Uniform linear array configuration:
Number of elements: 8
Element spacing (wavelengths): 0.25
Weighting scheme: exponential
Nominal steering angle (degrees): -30
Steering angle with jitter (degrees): -29.178
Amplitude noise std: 0.05
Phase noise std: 0.05

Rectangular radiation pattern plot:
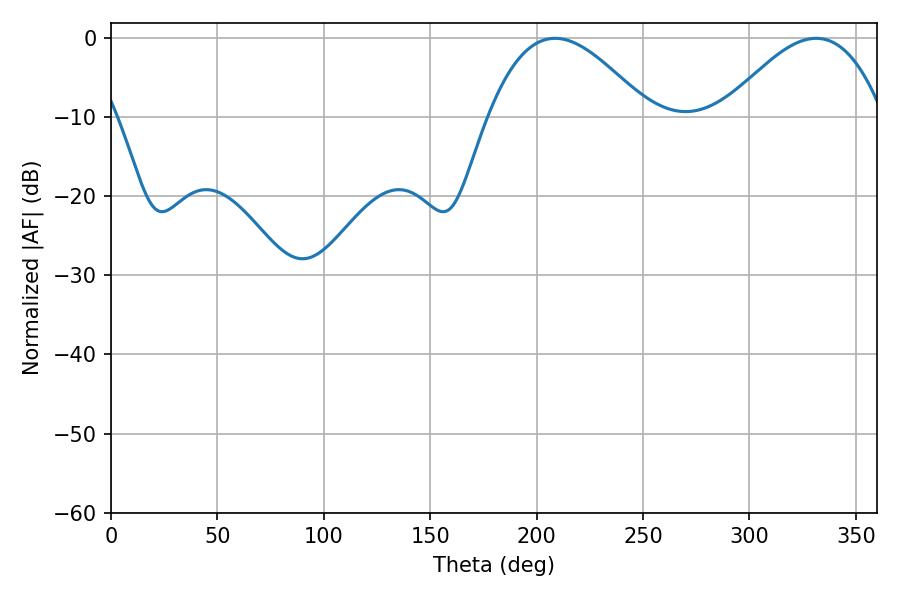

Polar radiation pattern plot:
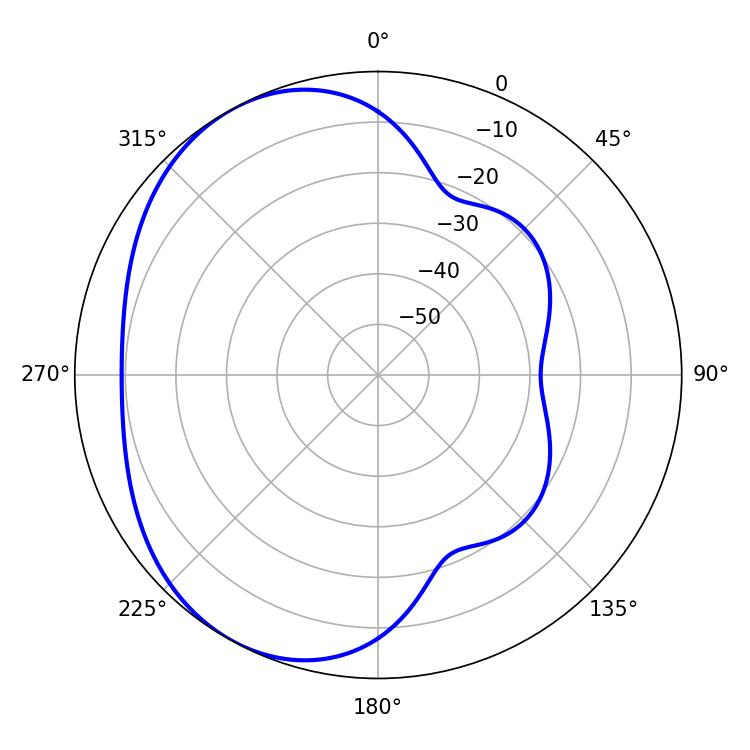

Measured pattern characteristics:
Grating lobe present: FALSE
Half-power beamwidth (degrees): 40.86
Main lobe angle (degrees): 208.62